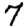
Digit: 7